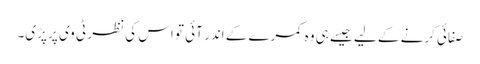
صفائی کرنے کے لیے جیسے ہی وہ کمرے کے اندر آئی تو اس کی نظر ٹی وی پر پڑی۔